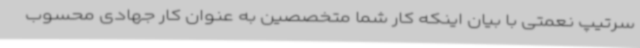
سرتیپ نعمتی با بیان اینکه کار شما متخصصین به عنوان کار جهادی محسوب